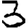
Digit: 3